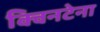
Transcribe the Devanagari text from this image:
क्विनटेना